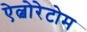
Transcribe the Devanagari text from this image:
ऐल्बोरेटोम